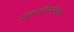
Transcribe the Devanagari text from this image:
एल०जी०बी०टी